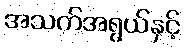
အသက်အရွယ်နှင့်